Civil Veterinary Department Bengal reports 1923-33 - 1923-1933
Year: 1923
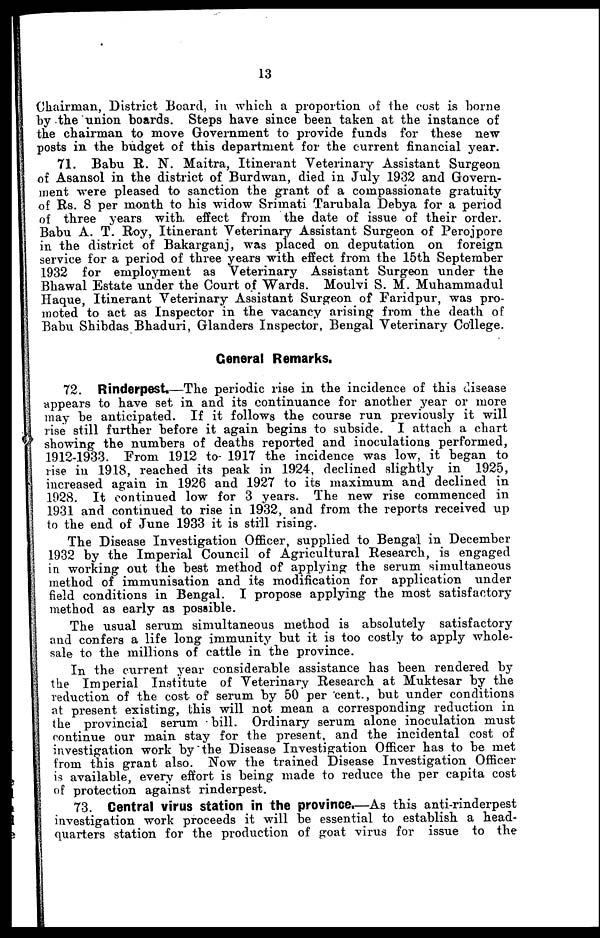
13
Chairman, District Board, in which a proportion of the cost is borne
by the union boards. Steps have since been taken at the instance of
the chairman to move Government to provide funds for these new
posts in the budget of this department for the current financial year.
71. Babu R. N. Maitra, Itinerant Veterinary Assistant Surgeon
of Asansol in the district of Burdwan, died in July 1932 and Govern-
ment were pleased to sanction the grant of a compassionate gratuity
of Rs. 8 per month to his widow Srimati Tarubala Debya for a period
of three years with, effect from the date of issue of their order.
Babu A. T. Roy, Itinerant Veterinary Assistant Surgeon of Perojpore
in the district of Bakarganj, was placed on deputation on foreign
service for a period of three years with effect from the 15th September
1932 for employment as Veterinary Assistant Surgeon under the
Bhawal Estate under the Court of Wards. Moulvi S. M. Muhammadul
Haque, Itinerant Veterinary Assistant Surgeon of Faridpur, was pro-
moted to act as Inspector in the vacancy arising from the death of
Babu Shibdas Bhaduri, Glanders Inspector, Bengal Veterinary College.
General Remarks.
72. Rinderpest.—The periodic rise in the incidence of this disease
appears to have set in and its continuance for another year or more
may be anticipated. If it follows the course run previously it will
rise still further before it again begins to subside. I attach a chart
showing the numbers of deaths reported and inoculations performed,
1912-1933. From 1912 to- 1917 the incidence was low, it began to
rise in 1918, reached its peak in 1924, declined slightly in 1925,
increased again in 1926 and 1927 to its maximum and declined in
1928. It continued low for 3 years. The new rise commenced in
1931 and continued to rise in 1932, and from the reports received up
to the end of June 1933 it is still rising.
The Disease Investigation Officer, supplied to Bengal in December
1932 by the Imperial Council of Agricultural Research, is engaged
in working out the best method of applying the serum simultaneous
method of immunisation and its modification for application under
field conditions in Bengal. I propose applying the most satisfactory
method as early as possible.
The usual serum simultaneous method is absolutely satisfactory
and confers a life long immunity but it is too costly to apply whole-
sale to the millions of cattle in the province.
In the current year considerable assistance has been rendered by
the Imperial Institute of Veterinary Research at Muktesar by the
reduction of the cost of serum by 50 per cent., but under conditions
at present existing, this will not mean a corresponding reduction in
the provincial serum bill. Ordinary serum alone inoculation must
continue our main stay for the present, and the incidental cost of
investigation work by the Disease Investigation Officer has to be met
from this grant also. Now the trained Disease Investigation Officer
is available, every effort is being made to reduce the per capita cost
of protection against rinderpest.
73. Central virus station in the province.—As this anti-rinderpest
investigation work proceeds it will be essential to establish a head-
quarters station for the production of goat virus for issue to the